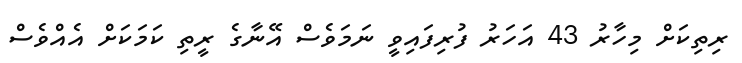
ރިތިކަށް މިހާރު 43 އަހަރު ފުރިފައިވީ ނަމަވެސް އޭނާގެ ރީތި ކަމަކަށް އެއްވެސް